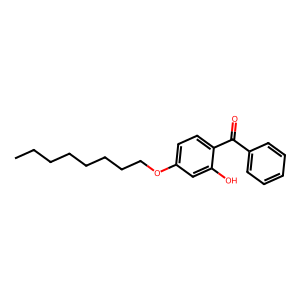
SMILES: CCCCCCCCOc1ccc(C(=O)c2ccccc2)c(O)c1
Inhibits HIV replication: No